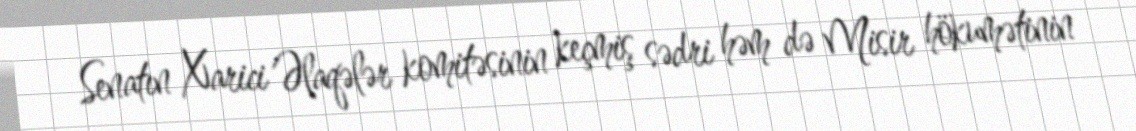
Senatın Xarici Əlaqələr komitəsinin keçmiş sədri həm də Misir hökumətinin